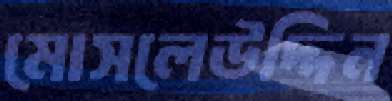
মোসলেউদ্দিন